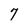
Character: 7